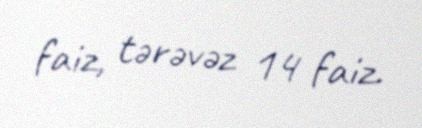
faiz, tərəvəz 14 faiz.